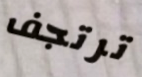
ترتجف